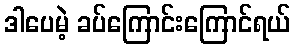
ဒါပေမဲ့ ခပ်ကြောင်းကြောင်ရယ်